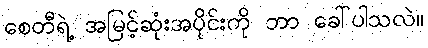
စေတီရဲ့ အမြင့်ဆုံးအပိုင်းကို ဘာ ခေါ်ပါသလဲ။